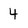
Character: 4